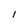
Character: I